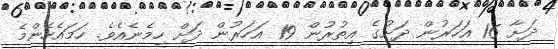
ދަށާ 16 އަހަރުން ދަށުގެ އިތުރުން 19 އަހަރުން ދަށް ހިމެނެއެވެ. ހަމައެހެންމެ